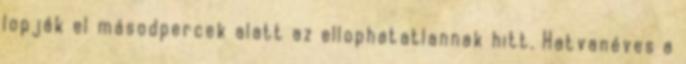
lopják el másodpercek alatt az ellophatatlannak hitt. Hatvanéves a